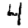
Digit: 4